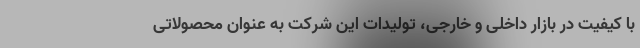
با کیفیت در بازار داخلی و خارجی، تولیدات این شرکت به عنوان محصولاتی